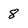
Character: 8